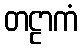
တဠာကံ